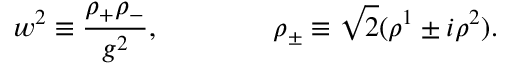
w ^ { 2 } \equiv \frac { \rho _ { + } \rho _ { - } } { g ^ { 2 } } , \qquad \qquad \rho _ { \pm } \equiv \sqrt { 2 } ( \rho ^ { 1 } \pm i \rho ^ { 2 } ) .